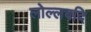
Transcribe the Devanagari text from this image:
लोल्लबदि